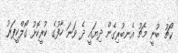
ކޯޗު ބުނީ މެޗު އެނބުރިގެން ދިޔައީ ދެ ވަނަ ހާފުގެ ކުރީކޮޅު ގޯލްކީޕަރު